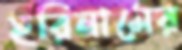
হরিনামের